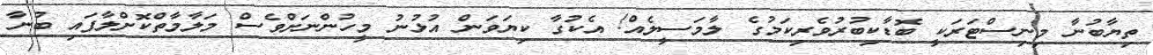
ތިޔާބުނާ މިނިސްޓަރަކީ ބޮޑާކިބުރުވެރިކަމުގެ ލާމަސީލެއް! އެކުގާ ކިޔަވަން އުޅުނު މީހުންނަށްވެސް މަލާމާތްކޮށްލާފައި ބުނާ